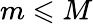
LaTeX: m\leqslant M